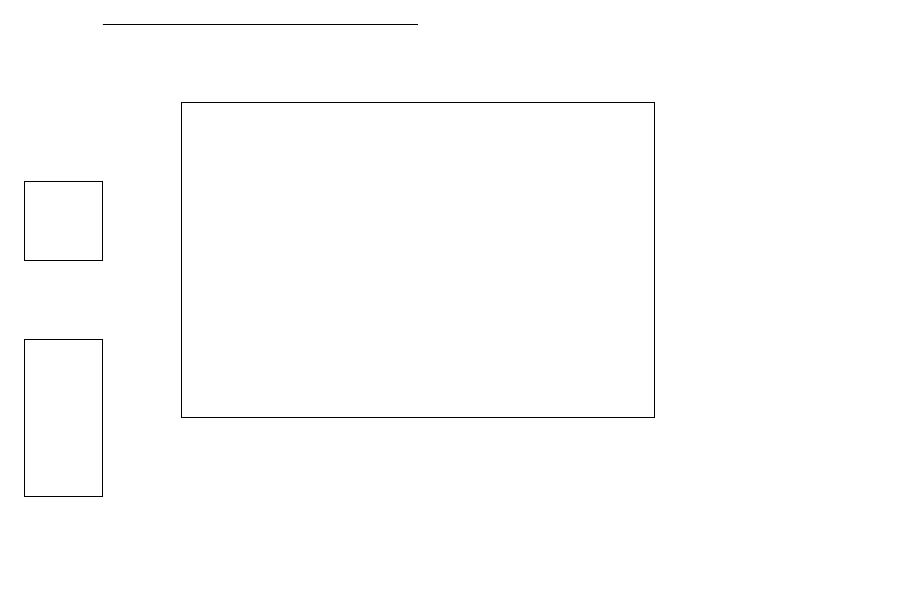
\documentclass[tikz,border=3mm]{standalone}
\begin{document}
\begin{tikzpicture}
\draw (2,14) rectangle (8,18);
\draw (1,19) rectangle (5,19);
\draw (0,13) rectangle (1,15);
\draw (11,12) circle (0);
\draw (0,16) rectangle (1,17);
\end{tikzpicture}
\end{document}